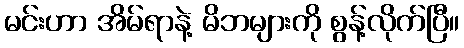
မင်းဟာ အိမ်ရာနဲ့ မိဘများကို စွန့်လိုက်ပြီ။